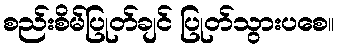
စည်းစိမ်ပြုတ်ချင် ပြုတ်သွားပစေ။